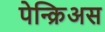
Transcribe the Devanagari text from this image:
पेन्क्रिअस